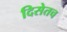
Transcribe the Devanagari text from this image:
दिसेतच